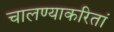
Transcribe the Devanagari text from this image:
चालण्याकरितां